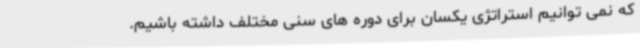
که نمی توانیم استراتژی یکسان برای دوره های سنی مختلف داشته باشیم.